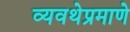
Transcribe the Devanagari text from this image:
व्यवथेप्रमाणे